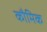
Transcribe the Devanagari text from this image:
कौमिक